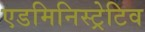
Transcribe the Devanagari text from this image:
एडमिनिस्ट्रेटिव